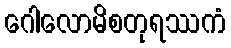
ဂေါလောမိစတုရဿကံ